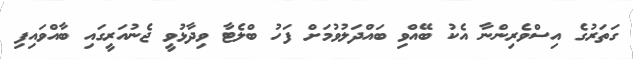
ގަތަރުގެ އިސްވެރިންނާ އެކު ބޭއްވި ބައްދަލުވުމަށް ފަހު ބްލެޓާ ވިދާޅުވީ ޖެނުއަރީގައި ބާއްވައިފި